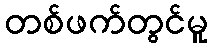
တစ်ဖက်တွင်မူ